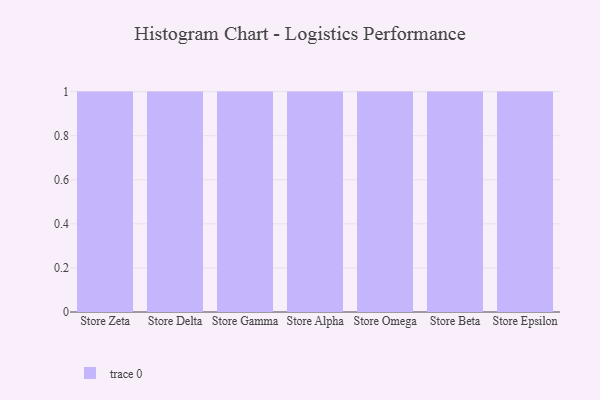
{"axis": {"x": "Store", "y": "Active Users"}, "legend": [""], "data": [{"x": "Store Zeta", "y": 64, "type": ""}, {"x": "Store Delta", "y": 16, "type": ""}, {"x": "Store Gamma", "y": 51, "type": ""}, {"x": "Store Alpha", "y": 35, "type": ""}, {"x": "Store Omega", "y": 97, "type": ""}, {"x": "Store Beta", "y": 6, "type": ""}, {"x": "Store Epsilon", "y": 48, "type": ""}]}